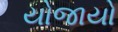
યોજાયો